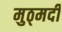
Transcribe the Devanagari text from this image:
मुठ्मर्दी